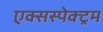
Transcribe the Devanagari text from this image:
एक्सस्पेक्ट्रम